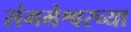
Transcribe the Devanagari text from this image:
संगमेश्वरच्या